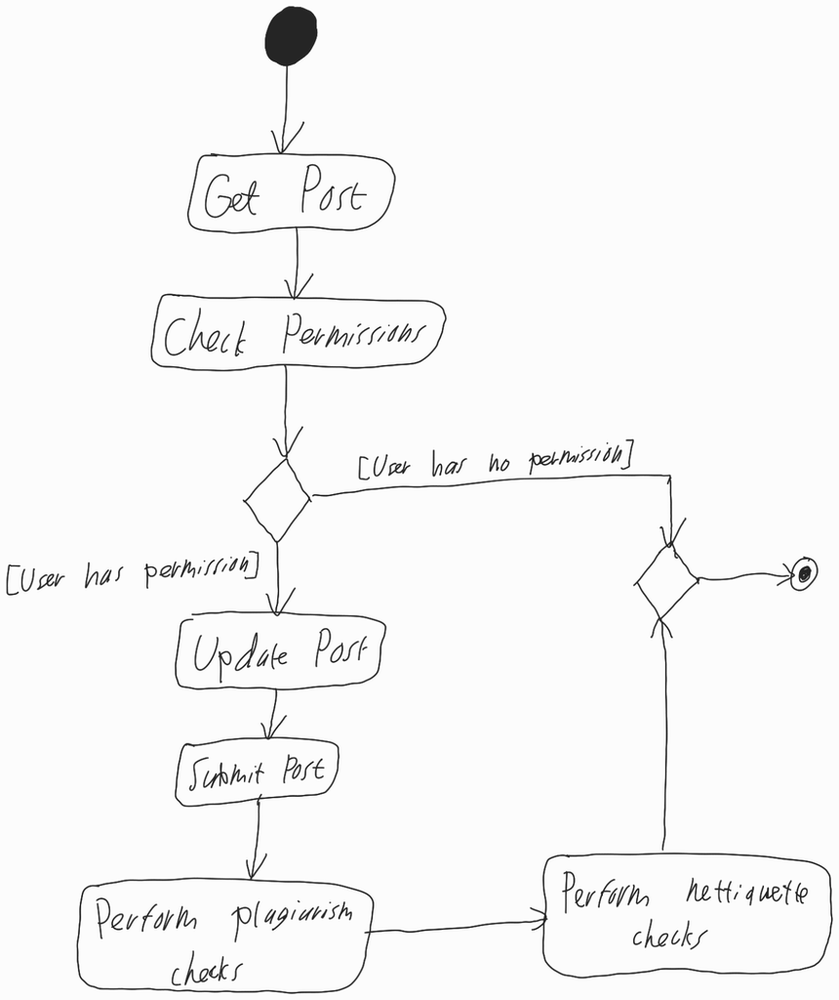
Diagram type: activity_diagram
```plantuml
@startuml

start

:Get Post;

:Check Permissions;

if () then ([User has permission])
  :Update Post;
  :Submit Post;
  :Perform plagiarism checks;
  :Peform nettiquette checks;
else ([User has no permission])
endif

stop

@enduml
```